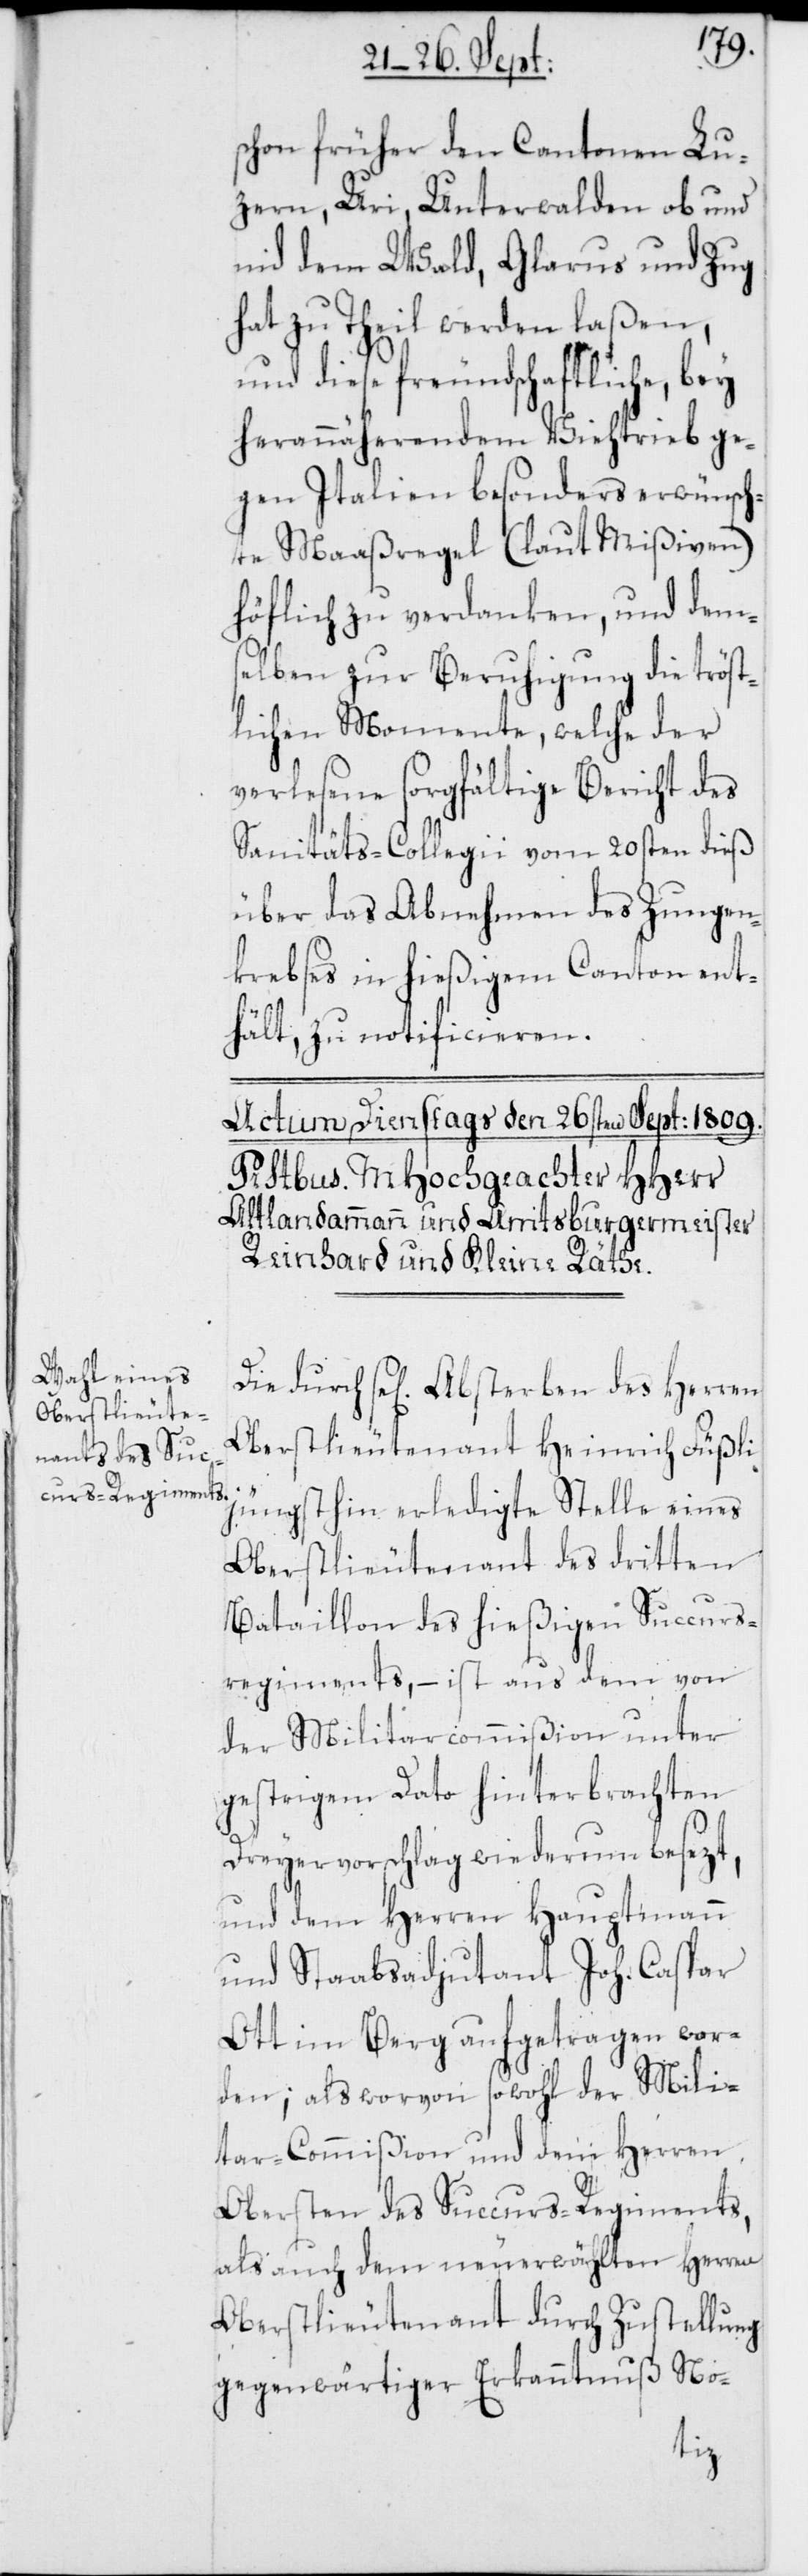
schon früher den Cantonen Lu¬
zern, Uri, Unterwalden ob und
nid dem Wald, Glarus und Zug
hat zu Theil werden laßen,
und diese freundschaftliche, bey
herannäherendem Viehtrieb ge¬
gen Italien besonders erwünsch¬
te Maaßregel (laut Mißiven)
höflich zu verdanken, und dems¬
elben zur Beruhigung die tröst¬
lichen Momente, welche der
verlesene sorgfältige Bericht des
Sanitäts-Collegii vom 20sten dieß
über das Abnehmen des Zungen¬
krebses in hießigem Canton ent¬
hält, zu notificieren.
Die durch se[liges] Absterben des Herren
Oberstlieutenaten Heinrich Füßli
jüngsthin erledigte Stelle eines
Oberstlieutenant des dritten
Bataillon des hießigen Succurs¬
regiments, – ist aus dem von
der Militarcommißion unter
gestrigem Dato hinterbrachten
Dreyervorschlag wiederum besezt,
und dem Herren Hauptmann
und Staabsadjutant Joh. Caspar
Ott im Berg aufgetragen wor¬
den; als worvon sowohl der Mili¬
tar-Commißion und dem Herren
Obersten des Succurs-Regiments,
als auch dem neuerwählten Herren
Oberstlieutenant durch Zustellung
gegenwärtiger Erkanntnuß No-